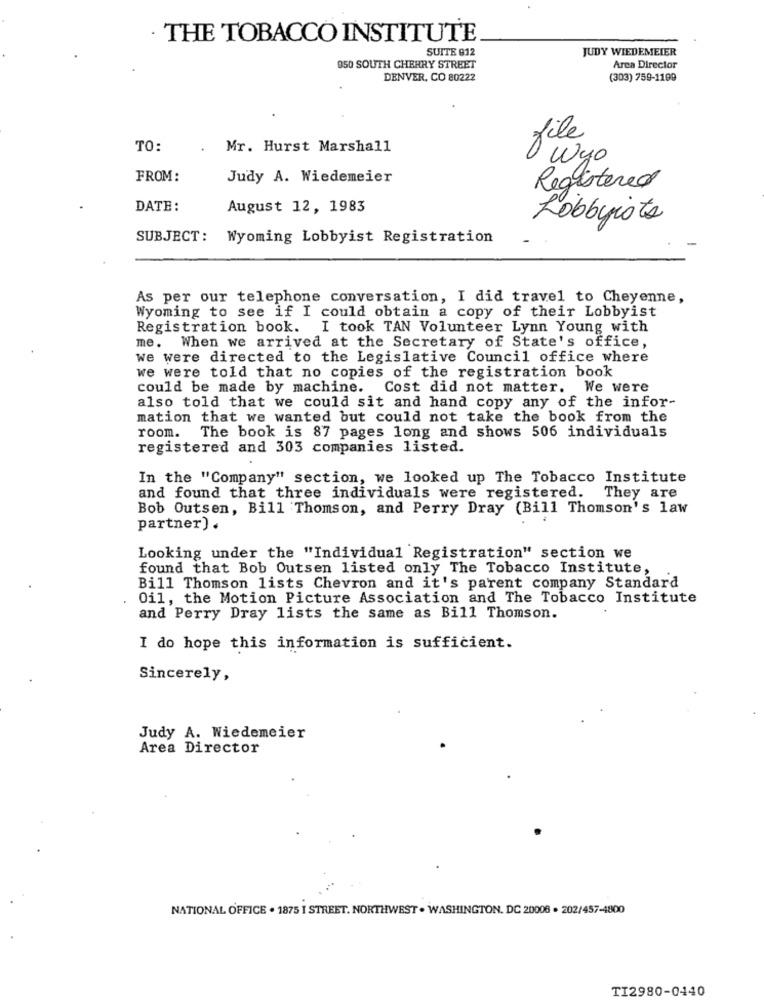
. THE TOBACCO INSTITUTE
SUITE 812
JUDY WIEDEMEIER
050 SOUTH CHERRY STREET
Arca Director
DENVER, CO 80222
(303) 759-1199
file
TO:
Mr. Hurst Marshall
Wyo
FROM:
Judy A. Wiedemeier
Registered
DATE:
August 12, 1983
Lobbyists
SUBJECT: Wyoming Lobbyist Registration
As per our telephone conversation, I did travel to Cheyenne,
Wyoming to see if I could obtain a copy of their Lobbyist
Registration book. I took TAN Volunteer Lynn Young with
me. When we arrived at the Secretary of State's office,
we were directed to the Legislative Council office where
we were told that no copies of the registration book
could be made by machine. Cost did not matter. We were
also told that we could sit and hand copy any of the infor-
mation that we wanted but could not take the book from the
room.
The book is 87 pages long and shows 506 individuals
registered and 303 companies listed.
In the "Company" section, we looked up The Tobacco Institute
and found that three individuals were registered. They are
Bob Outsen, Bill Thomson, and Perry Dray (Bill Thomson's law
partner) .
Looking under the "Individual Registration" section we
found that Bob Outsen listed only The Tobacco Institute,
Bill Thomson lists Chevron and it's parent company Standard
Oil, the Motion Picture Association and The Tobacco Institute
and Perry Dray lists the same as Bill Thomson.
I do hope this information is sufficient.
Sincerely,
Judy A. Wiedemeier
Area Director
NATIONAL OFFICE . 1875 I STREET. NORTHWEST . WASHINGTON, DC 20006 . 202/457-4800
TI2980-0440